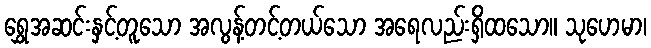
ရွှေအဆင်းနှင့်တူသော အလွန့်တင့်တယ်သော အရေလည်းရှိထသော။ သုဟေမာ၊